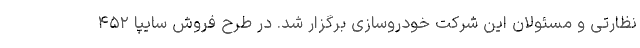
نظارتی و مسئولان این شرکت خودروسازی برگزار شد. در طرح فروش سايپا ۴۵۲